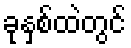
ခုနှစ်ထဲတွင်